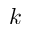
k